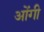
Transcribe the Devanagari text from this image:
ओंगी